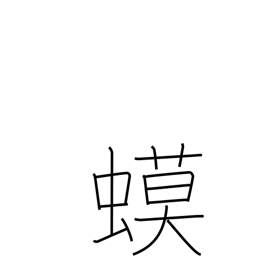
Meaning: toad